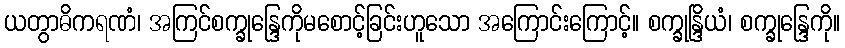
ယတွာဓိကရဏံ၊ အကြင်စက္ခုန္ဒြေကိုမစောင့်ခြင်းဟူသော အကြောင်းကြောင့်။ စက္ခုန္ဒြိယံ၊ စက္ခုန္ဒြေကို။